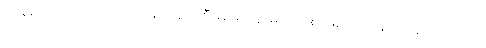
သင်္ခါရာ၊ အကြောင်း အတန်တန် ပြုစီမံ၍ ရုပ်နာမ်အသစ် ဖြစ်ဖြစ်သမျှ သင်္ခါရတို့သည်။